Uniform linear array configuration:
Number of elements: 16
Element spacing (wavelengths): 1
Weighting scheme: exponential
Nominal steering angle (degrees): -30
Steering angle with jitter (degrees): -30.709
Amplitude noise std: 0.05
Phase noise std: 0.05

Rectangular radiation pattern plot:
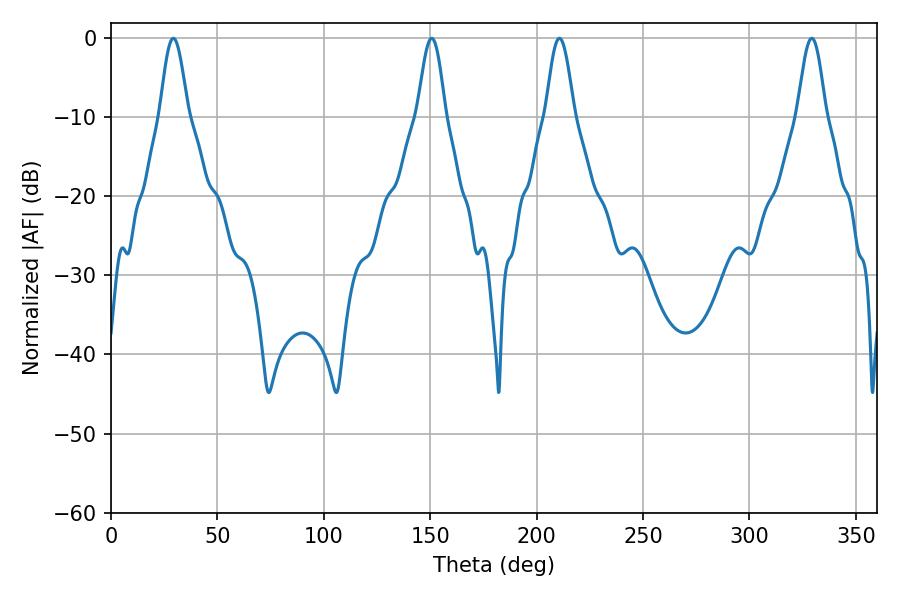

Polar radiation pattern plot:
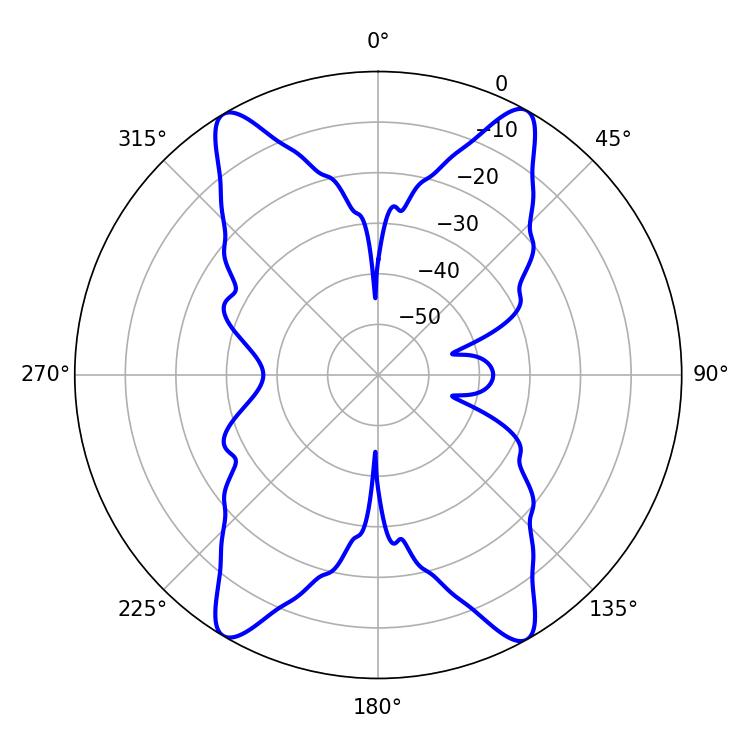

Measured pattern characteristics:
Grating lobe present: TRUE
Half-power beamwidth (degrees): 7.02
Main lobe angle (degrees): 29.34